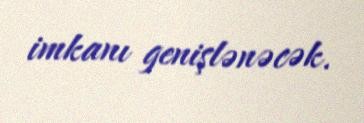
imkanı genişlənəcək.